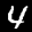
Label: 4